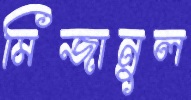
মিজানুল